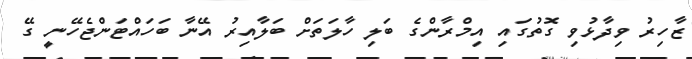
ޒާހިރު ވިދާޅުވި ގޮތުގައި އިމްރާންގެ ބަލި ހާލަތަށް ބަލާއިރު އޭނާ ބަހައްޓަންޖެހޭނީ ގޭ